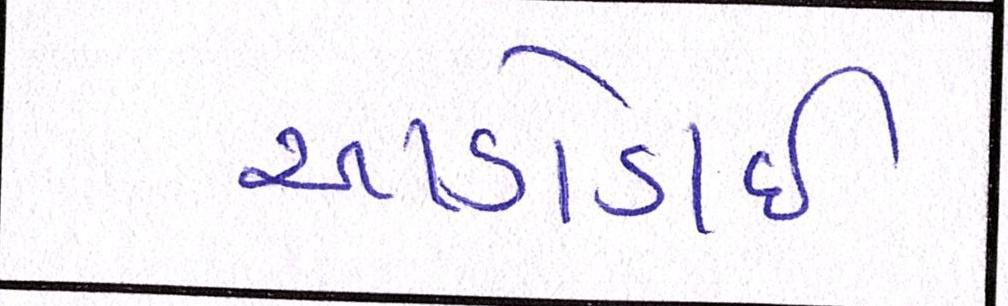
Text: આડોડાઈ